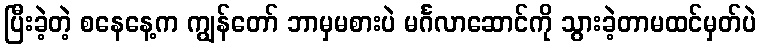
ပြီးခဲ့တဲ့ စနေနေ့က ကျွန်တော် ဘာမှမစားပဲ မင်္ဂလာဆောင်ကို သွားခဲ့တာမထင်မှတ်ပဲ